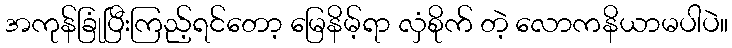
အကုန်ခြုံပြီးကြည့်ရင်တော့ မြေနိမ့်ရာ လှံစိုက် တဲ့ လောကနိယာမပါပဲ။